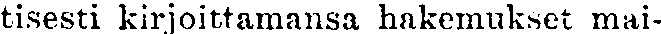
tisesti kirjoittamansa hakemukset mai-